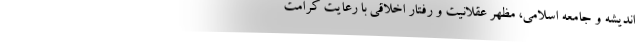
اندیشه و جامعه اسلامی، مظهر عقلانیت و رفتار اخلاقی با رعایت کرامت